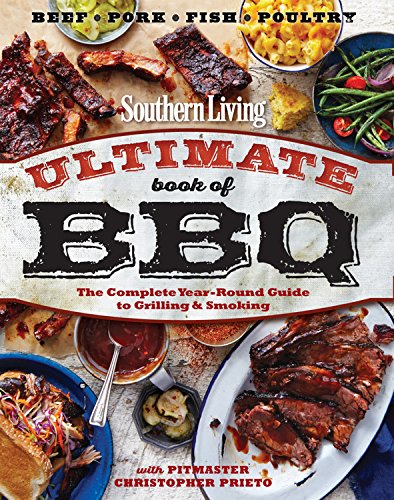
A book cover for Southern Living Ultimate Book of BBQ: The Complete Year-Round Guide to Grilling and Smoking; The Editors of Southern Living; Cookbooks, Food & Wine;